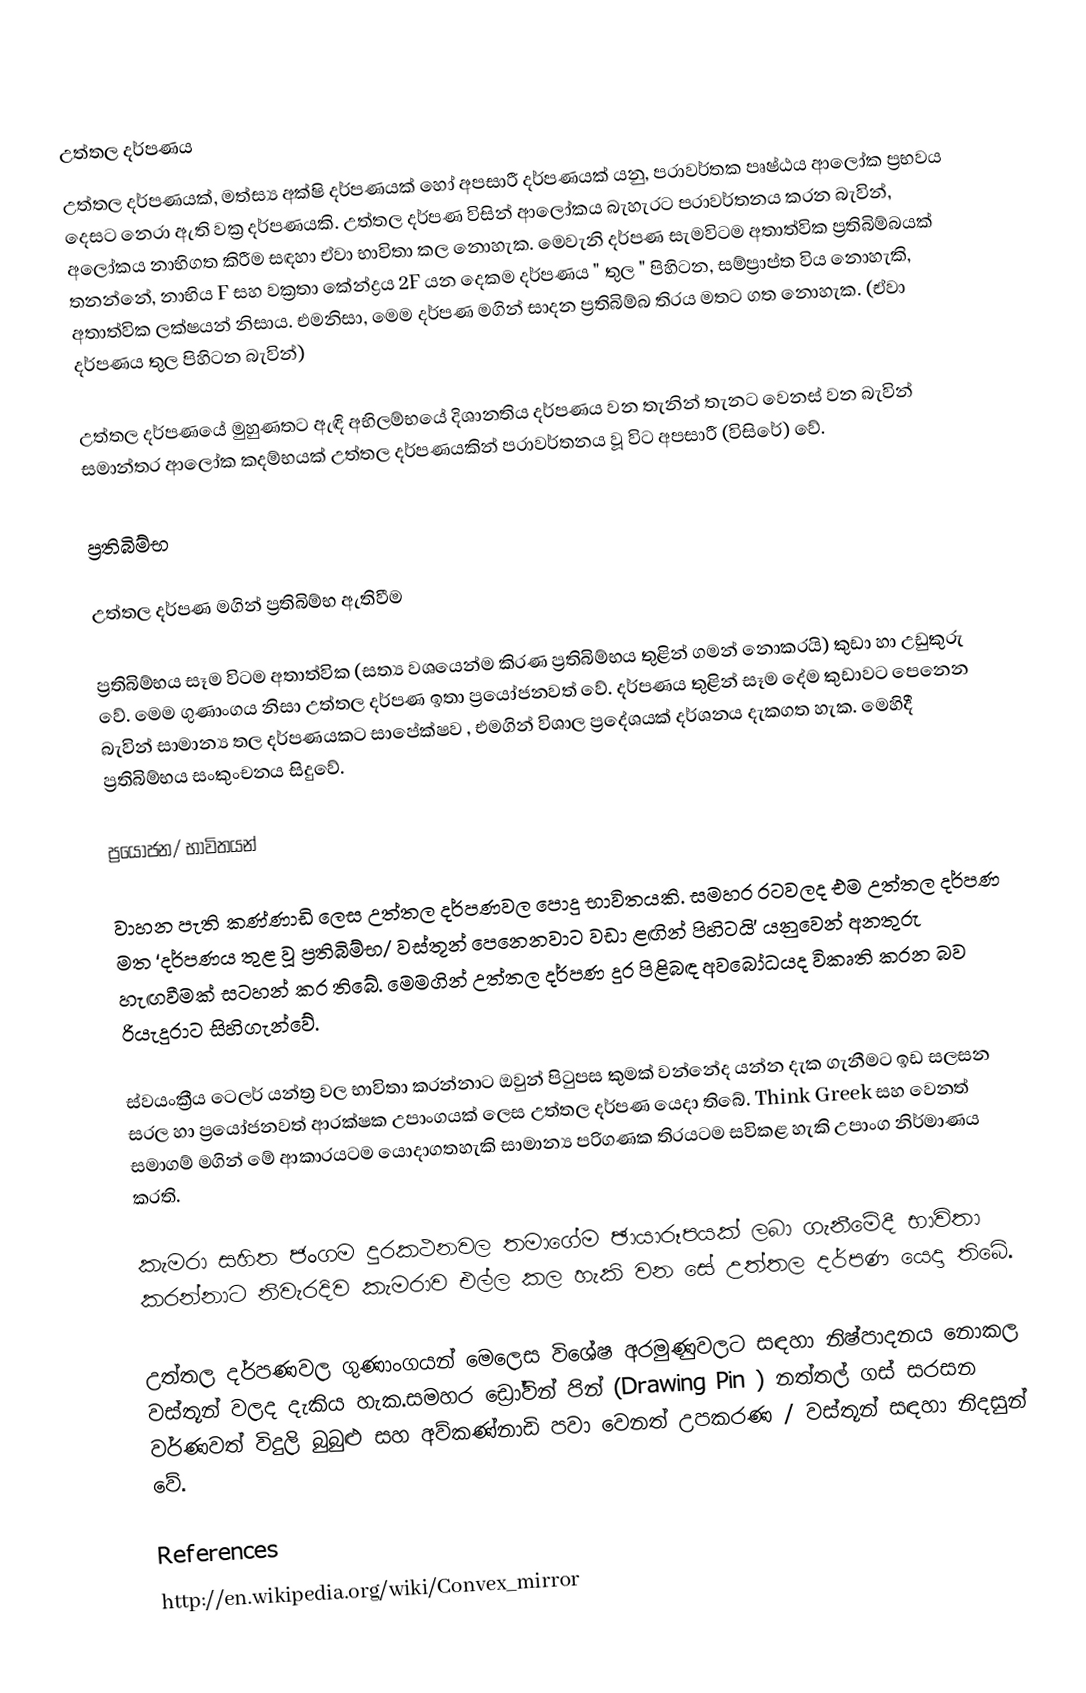

උත්තල දර්පණය
 උත්තල දර්පණයක්, මත්ස්‍ය අක්ෂි දර්පණයක් හෝ  අපසාරී දර්පණයක් යනු, පරාවර්තක පෘෂ්ඨය ආලෝක ප්‍රභවය දෙසට නෙරා ඇති වක්‍ර දර්පණයකි. උත්තල දර්පණ විසින් ආලෝකය බැහැරට පරාවර්තනය කරන බැවින්, අලෝකය නාභිගත කිරීම සඳහා ඒවා භාවිතා කල නොහැක.  මෙවැනි දර්පණ සැමවිටම අතාත්වික ප්‍රතිබිම්බයක් තනන්නේ, නාභිය F සහ  වක්‍රතා කේන්ද්‍රය 2F යන දෙකම  දර්පණය  " තුල " පිහිටන, සම්ප්‍රාප්ත විය නොහැකි,  අතාත්වික ලක්ෂයන් නිසාය. එමනිසා, මෙම දර්පණ මගින් සාදන ප්‍රතිබිම්බ තිරය මතට ගත නොහැක. (ඒවා දර්පණය තුල පිහිටන බැවින්)

උත්තල දර්පණයේ මුහුණතට ඇඳි   අභිලම්භයේ දිශානතිය දර්පණය වන තැනින් තැනට වෙනස් වන බැවින් සමාන්තර ආලෝක කදම්භයක් උත්තල දර්පණයකින් පරාවර්තනය වූ විට අපසාරී (විසිරේ) වේ.

ප්‍රතිබිම්භ

උත්තල දර්පණ මගින් ප්‍රතිබිම්භ ඇතිවීම

ප්‍රතිබිම්භය සෑම විටම අතාත්වික (සත්‍ය වශයෙන්ම කිරණ ප්‍රතිබිම්භය තුළින් ගමන් නොකරයි)  කුඩා හා උඩුකුරු වේ. මෙම ගුණාංගය නිසා උත්තල දර්පණ ඉතා ප්‍රයෝජනවත් වේ. දර්පණය තුළින් සෑම දේම කුඩාවට පෙනෙන බැවින් සාමාන්‍ය තල දර්පණයකට සාපේක්ෂව , එමගින් විශාල ප්‍රදේශයක් දර්ශනය දැකගත හැක. මෙහිදී ප්‍රතිබිම්භය සංකුංචනය සිදුවේ.

ප්‍රයෝජන/ භාවිතයන්

වාහන පැති කණ්ණාඩි ලෙස උත්තල දර්පණවල පොදු භාවිතයකි. සමහර රටවලද එම උත්තල දර්පණ මත ‘දර්පණය තුළ වූ ප්‍රතිබිම්භ/ වස්තූන්  පෙනෙනවාට වඩා ළඟින් පිහිටයි’ යනුවෙන් අනතුරු හැඟවීමක් සටහන් කර තිබේ. මෙමගින් උත්තල දර්පණ දුර පිළිබඳ අවබෝධයද විකෘති කරන බව රියැදුරාට සිහිගැන්වේ.

ස්වයංක්‍රීය ටෙලර් යන්ත්‍ර වල භාවිතා කරන්නාට ඔවුන් පිටුපස කුමක් වන්නේද යන්න දැක ගැනීමට ඉඩ සලසන සරල හා ප්‍රයෝජනවත් ආරක්ෂක උපාංගයක් ලෙස උත්තල දර්පණ යෙදා තිබේ. Think Greek  සහ වෙනත් සමාගම් මගින් මේ ආකාරයටම යොදාගතහැකි  සාමාන්‍ය පරිගණක තිරයටම සවිකළ හැකි උපාංග නිර්මාණය කරති.

කැමරා සහිත ජංගම දුරකථනවල තමාගේම ඡායාරූපයක් ලබා ගැනීමේදී භාවිතා කරන්නාට නිවැරදිව කැමරාව එල්ල කල හැකි වන සේ  උත්තල දර්පණ යෙදා තිබේ.

උත්තල දර්පණවල ගුණාංගයන් මෙලෙස විශේෂ අරමුණුවලට සඳහා  නිෂ්පාදනය නොකල වස්තූන් වලද දැකිය හැක.සමහර ඩ්‍රෝවින් පින් (Drawing Pin ) නත්තල් ගස් සරසන වර්ණවත් විදුලි බුබුළු සහ අව්කණ්නාඩි පවා වෙනත් උපකරණ / වස්තූන් සඳහා නිදසුන් වේ.

References
http://en.wikipedia.org/wiki/Convex_mirror